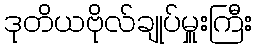
ဒုတိယဗိုလ်ချုပ်မှူးကြီး